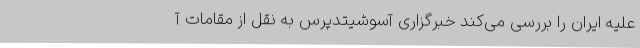
علیه ایران را بررسی می‌کند خبرگزاری آسوشیتدپرس به نقل از مقامات آ